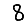
Digit: 8